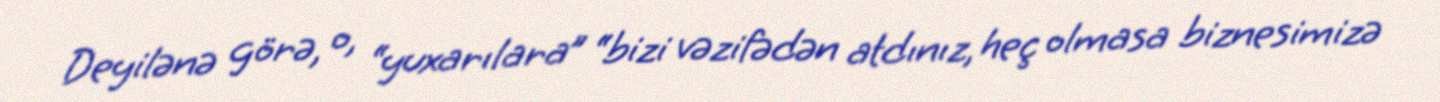
Deyilənə görə, o, “yuxarılara” “bizi vəzifədən atdınız, heç olmasa biznesimizə